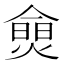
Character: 𰟗